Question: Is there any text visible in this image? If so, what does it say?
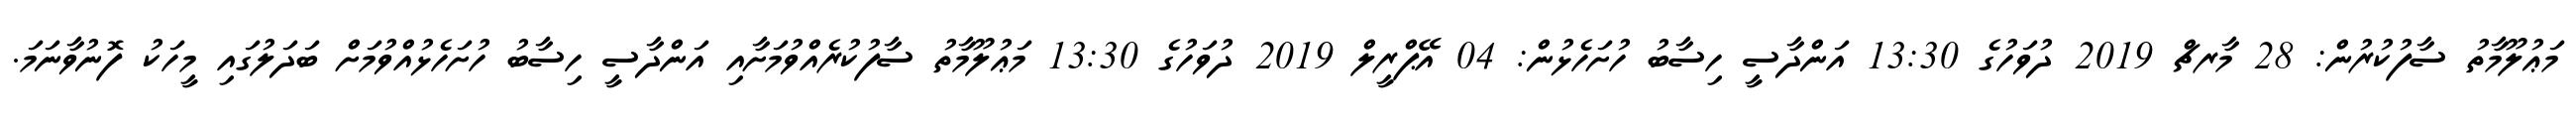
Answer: މަޢުލޫމާތު ސާފުކުރުން: 28 މާރޗް 2019 ދުވަހުގެ 13:30 އަންދާސީ ހިސާބު ހުށަހެޅުން: 04 އޭޕްރީލް 2019 ދުވަހުގެ 13:30 މަޢުލޫމާތު ސާފުކުރެއްވުމަށާއި އަންދާސީ ހިސާބު ހުށަހެޅުއްވުމަށް ބަދަލުގައި މީހަކު ފޮނުވާނަމަ.